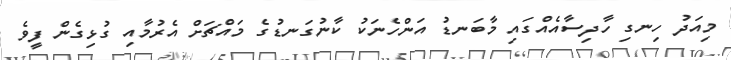
މިއަދު ހިނގި ހާދިސާއެއްގައި މާބަނޑު އަންހެނަކު ކާނުގަނޑުގެ މައްޗަށް އެރުމާއި ގުޅިގެން ފީވެ